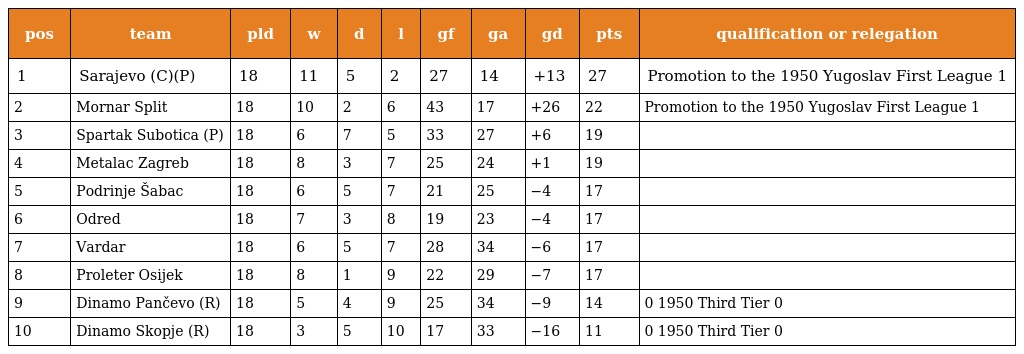
| pos | team | pld | w | d | l | gf | ga | gd | pts | qualification or relegation |
 | --- | --- | --- | --- | --- | --- | --- | --- | --- | --- | --- |
 | 1 | Sarajevo (C)(P) | 18 | 11 | 5 | 2 | 27 | 14 | +13 | 27 | Promotion to the 1950 Yugoslav First League 1 |
 | 2 | Mornar Split | 18 | 10 | 2 | 6 | 43 | 17 | +26 | 22 | Promotion to the 1950 Yugoslav First League 1 |
 | 3 | Spartak Subotica (P) | 18 | 6 | 7 | 5 | 33 | 27 | +6 | 19 |  |
 | 4 | Metalac Zagreb | 18 | 8 | 3 | 7 | 25 | 24 | +1 | 19 |  |
 | 5 | Podrinje Šabac | 18 | 6 | 5 | 7 | 21 | 25 | −4 | 17 |  |
 | 6 | Odred | 18 | 7 | 3 | 8 | 19 | 23 | −4 | 17 |  |
 | 7 | Vardar | 18 | 6 | 5 | 7 | 28 | 34 | −6 | 17 |  |
 | 8 | Proleter Osijek | 18 | 8 | 1 | 9 | 22 | 29 | −7 | 17 |  |
 | 9 | Dinamo Pančevo (R) | 18 | 5 | 4 | 9 | 25 | 34 | −9 | 14 | 0 1950 Third Tier 0 |
 | 10 | Dinamo Skopje (R) | 18 | 3 | 5 | 10 | 17 | 33 | −16 | 11 | 0 1950 Third Tier 0 |